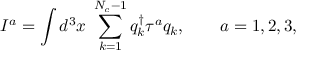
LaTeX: I ^ { a } = \int d ^ { 3 } x \; \sum _ { k = 1 } ^ { N _ { c } - 1 } q _ { k } ^ { \dag } \tau ^ { a } q _ { k } , \qquad a = 1 , 2 , 3 ,